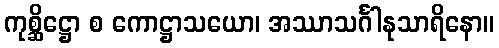
ကုစ္ဆိဋ္ဌော စ ကောဋ္ဌာသယော၊ အဿာသင်္ဂါနုသာရိနော။